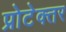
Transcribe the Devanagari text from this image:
प्रोटेक्तर